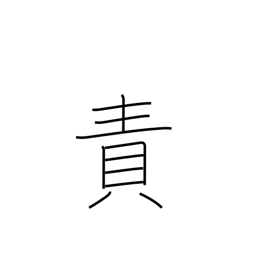
Meaning: censure